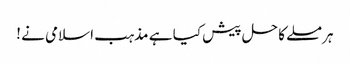
ہر مسلے کا حل پیش کیا ہے مذہب اسلامی نے !